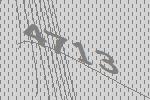
4713